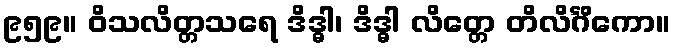
၉၅၉။ ဝိသလိတ္တသရေ ဒိဒ္ဓါ၊ ဒိဒ္ဓါ လိတ္တေ တိလိင်္ဂိကော။